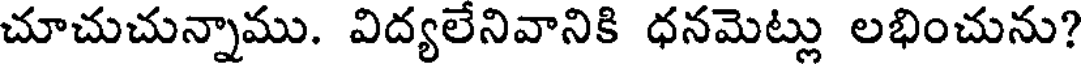
చూచుచున్నాము. విద్యలేనివానికి ధనమెట్లు లభించును?